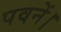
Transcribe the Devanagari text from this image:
पवनें।